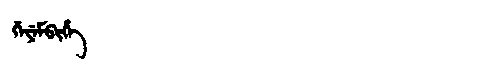
Manchu: ᡤᡝᠶᡝᠮᠪᡳᡥᡝ
Romanization: GEYEMBIHE